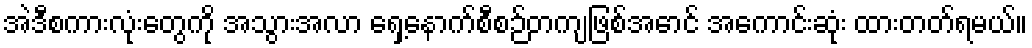
အဲဒီစကားလုံးတွေကို အသွားအလာ ရှေ့နောက်စီစဉ်တကျဖြစ်အောင် အကောင်းဆုံး ထားတတ်ရမယ်။